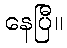
နေပြီ။